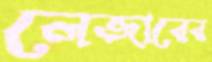
লেজারের